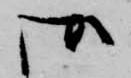
御